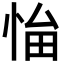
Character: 𢚜